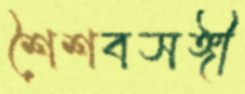
শৈশবসঙ্গী